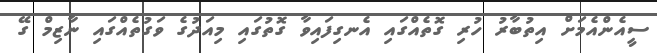
ސީއެންއެމަށް އިތުބާރު ހުރި ގޮތެއްގައި އެނގިފައިވާ ގޮތުގައި މިއަދުގެ ވަގުތެއްގައި ނާޒިމް ގޭ